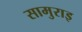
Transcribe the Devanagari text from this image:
सामुराइ